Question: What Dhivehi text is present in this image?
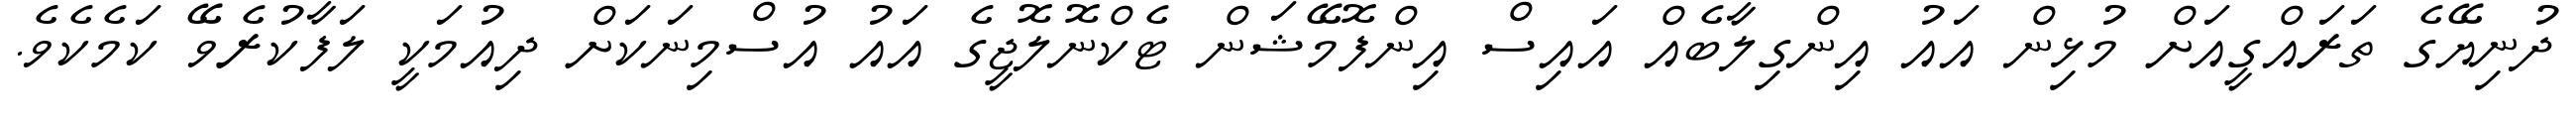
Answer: ދުނިޔޭގެ ތަރައްގީއަށް މުޅިން އައު އިންގިލާބެއް އައިސް އިންފޮމޭޝަން ޓެކްނޮލޮޖީގެ އައު އުސްމިނަކަށް ދިއުމަކީ ލަފާކުރެވޭ ކަމެކެވެ.